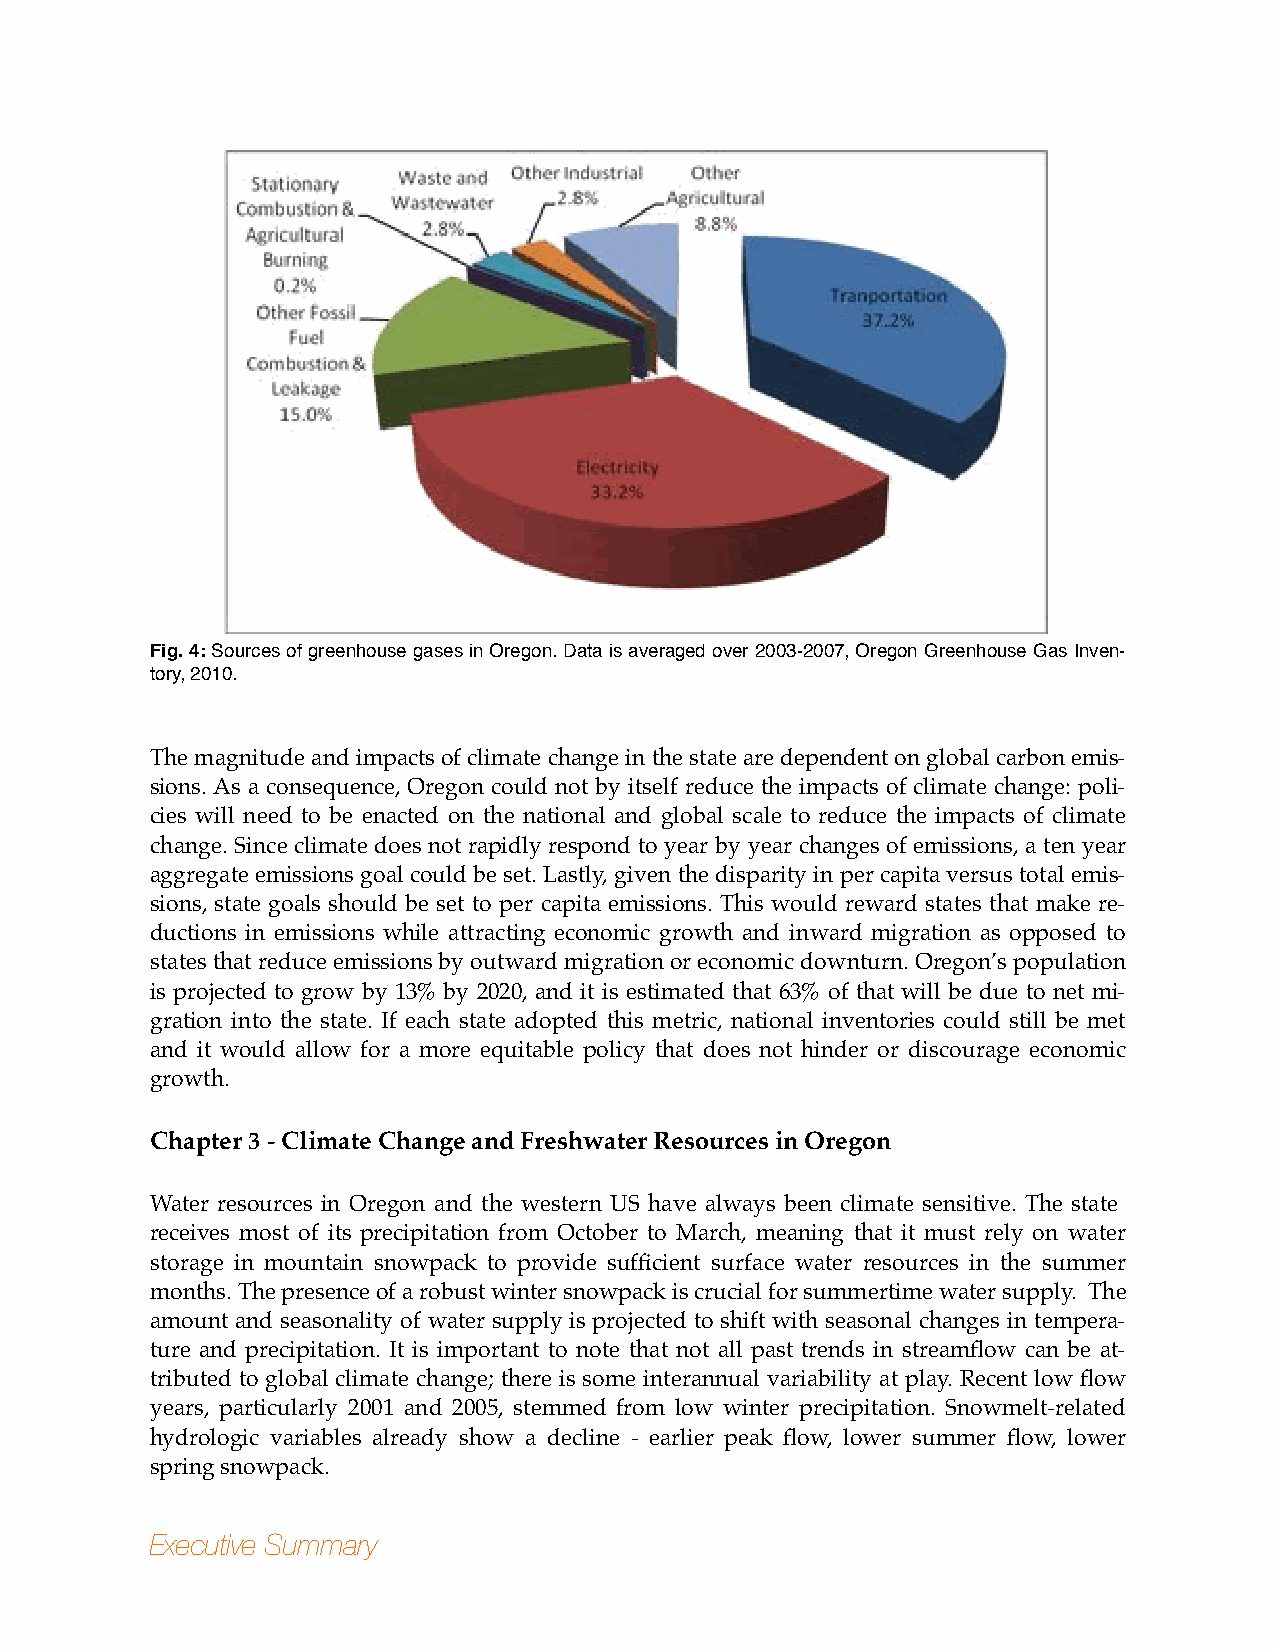
Fig. 4: Sources of greenhouse gases in Oregon. Data is averaged over 2003-2007, Oregon Greenhouse Gas Inven-
 tory, 2010.
 The magnitude and impacts of climate change in the state are dependent on global carbon emis-
 sions. As a consequence, Oregon could not by itself reduce the impacts of climate change: poli-
 cies will need to be enacted on the national and global scale to reduce the impacts of climate
 change. Since climate does not rapidly respond to year by year changes of emissions, a ten year
 aggregate emissions goal could be set. Lastly, given the disparity in per capita versus total emis-
 sions, state goals should be set to per capita emissions. This would reward states that make re-
 ductions in emissions while attracting economic growth and inward migration as opposed to
 states that reduce emissions by outward migration or economic downturn. Oregon’s population
 is projected to grow by 13% by 2020, and it is estimated that 63% of that will be due to net mi-
 gration into the state. If each state adopted this metric, national inventories could still be met
 and it would allow for a more equitable policy that does not hinder or discourage economic
 growth.
 Chapter 3 - Climate Change and Freshwater Resources in Oregon
 Water resources in Oregon and the western US have always been climate sensitive. The state
 receives most of its precipitation from October to March, meaning that it must rely on water
 storage in mountain snowpack to provide sufficient surface water resources in the summer
 months. The presence of a robust winter snowpack is crucial for summertime water supply. The
 amount and seasonality of water supply is projected to shift with seasonal changes in tempera-
 ture and precipitation. It is important to note that not all past trends in streamflow can be at-
 tributed to global climate change; there is some interannual variability at play. Recent low flow
 years, particularly 2001 and 2005, stemmed from low winter precipitation. Snowmelt-related
 hydrologic variables already show a decline - earlier peak flow, lower summer flow, lower
 spring snowpack.
 Executive Summary